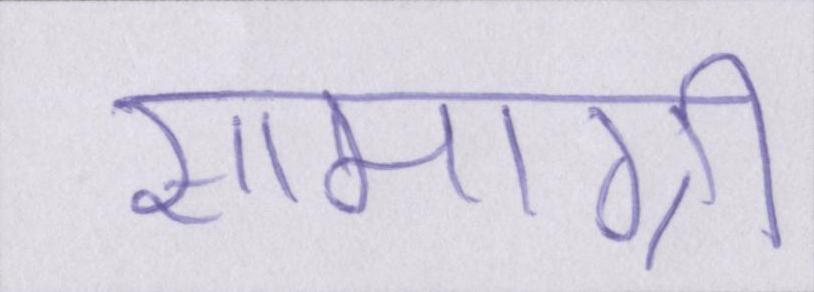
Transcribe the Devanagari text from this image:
सामाग्री